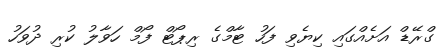
ގްރޭޑް އަށެއްގައި ކިޔެވި ފަހު ޓާމްގެ ރިޕޯޓް ފޯމް ހަވާލު ކުރި ދުވަހު